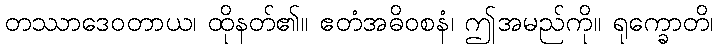
တဿာဒေဝတာယ၊ ထိုနတ်၏။ ဧတံအဓိဝစနံ၊ ဤအမည်ကို။ ရုက္ခောတိ၊